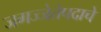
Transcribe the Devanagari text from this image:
जगज्जेतेपदाचे